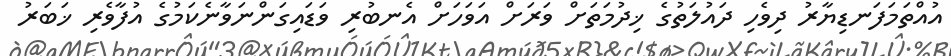
އުއްތަމަފަނޑިޔާރު ދިވެހި ދައުލަތުގެ ޚިދުމަތަށް ވަރަށް އަވަހަށް އެނބުރި ވަޑައިގަންނަވާނެކަމުގެ އުފާވެރި ޚަބަރު